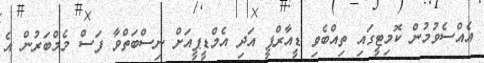
އެއްސެވުމުން ކޮމިޓީގައި ތިއްބެވި ޑީއާރްޕީ އަދި އެމްޑީޕީއަށް ނިސްބަތްވާ ފަސް މެމްބަރުން އެ